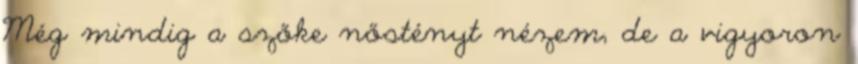
Még mindig a szőke nőstényt nézem, de a vigyoron